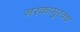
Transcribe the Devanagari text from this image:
नरकासुरवध